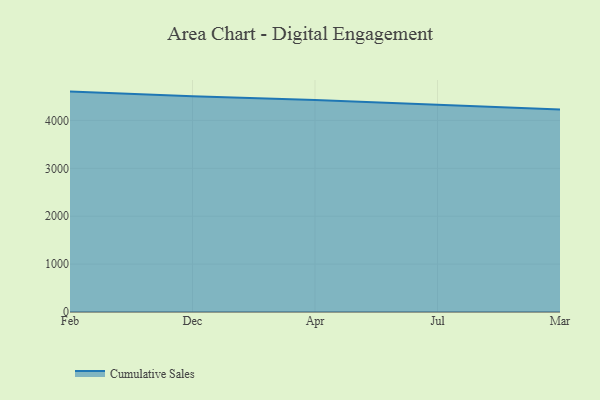
{"axis": {"x": "Month", "y": "Website Visitors"}, "legend": ["Cumulative Sales"], "data": [{"x": "Feb", "y": 4602.0, "type": "Cumulative Sales"}, {"x": "Dec", "y": 4502.8, "type": "Cumulative Sales"}, {"x": "Apr", "y": 4424.9, "type": "Cumulative Sales"}, {"x": "Jul", "y": 4324.3, "type": "Cumulative Sales"}, {"x": "Mar", "y": 4226.7, "type": "Cumulative Sales"}]}